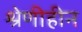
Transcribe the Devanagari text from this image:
श्रेणीहीन